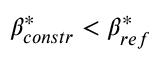
\beta _ { c o n s t r } ^ { * } < \beta _ { r e f } ^ { * }